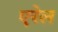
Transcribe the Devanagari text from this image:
एरेल